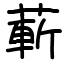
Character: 蔪